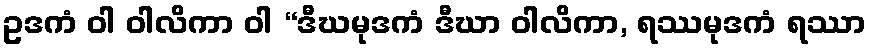
ဥဒကံ ဝါ ဝါလိကာ ဝါ “ဒီဃမုဒကံ ဒီဃာ ဝါလိကာ, ရဿမုဒကံ ရဿာ